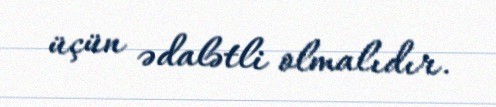
üçün ədalətli olmalıdır.